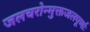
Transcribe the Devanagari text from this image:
जलचरोन्मुक्तजलपूर्णाः